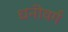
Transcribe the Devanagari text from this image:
धनीवर्ग